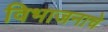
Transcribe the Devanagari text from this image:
विभाजनाचे